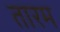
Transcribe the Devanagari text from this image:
तारम